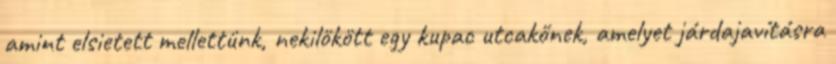
amint elsietett mellettünk, nekilökött egy kupac utcakőnek, amelyet járdajavításra